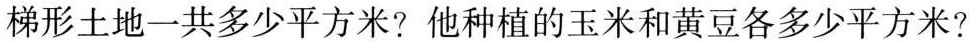
梯形土地一共多少平方米?他种植的玉米和黄豆各多少平方米?